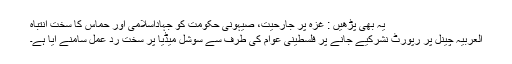
یہ بھی پڑھیں : غزہ پر جارحیت، صیہونی حکومت کو جہاداسلامی اور حماس کا سخت انتباہ
العربیہ چینل پر رپورٹ نشرکیے جانے پر فلسطینی عوام کی طرف سے سوشل میڈیا پر سخت رد عمل سامنے آیا ہے۔